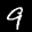
Label: 9